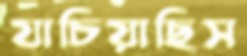
যাচিয়াছিস